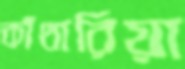
কাঁথারিয়া